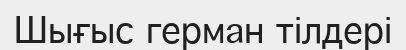
Шығыс герман тілдері